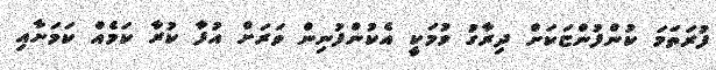
ފުރަތަމަ ކުންފުންޏަކަށް ދިރާގު ވުމަކީ އެކުންފުނިން ވަރަށް އުފާ ކުރާ ކަމެއް ކަމަށާއި